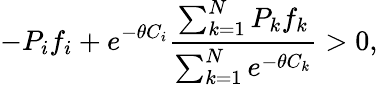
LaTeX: -P_{i}f_{i}+e^{-\theta C_{i}}\frac{\sum_{k=1}^{N}P_{k}f_{k}}{\sum_{k=1}^{N}e^{-\theta C_{k}}}>0,